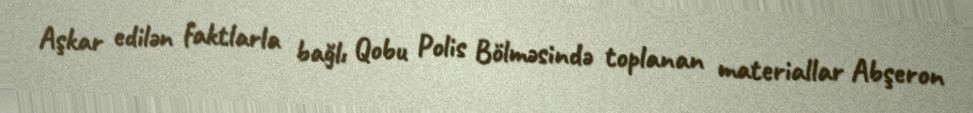
Aşkar edilən faktlarla bağlı Qobu Polis Bölməsində toplanan materiallar Abşeron